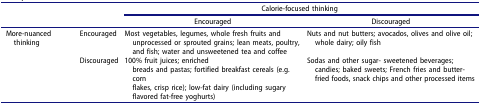
<table><thead><tr><td><b> </b></td><td><b> </b></td><td colspan="2"><b>Calorie-focused thinking</b></td></tr><tr><td><b> </b></td><td><b> </b></td><td><b>Encouraged</b></td><td><b>Discouraged</b></td></tr></thead><tbody><tr><td>More-nuanced thinking</td><td>Encouraged</td><td>Most vegetables, legumes, whole fresh fruits and unprocessed or sprouted grains; lean meats, poultry, and fish; water and unsweetened tea and coffee</td><td>Nuts and nut butters; avocados, olives and olive oil; whole dairy; oily fish</td></tr><tr><td> </td><td>Discouraged</td><td>100% fruit juices; enrichedbreads and pastas; fortified breakfast cereals (e.g. cornflakes, crisp rice); low-fat dairy (including sugary flavored fat-free yoghurts)</td><td>Sodas and other sugar- sweetened beverages; candies; baked sweets; French fries and butter-fried foods, snack chips and other processed items</td></tr></tbody></table>